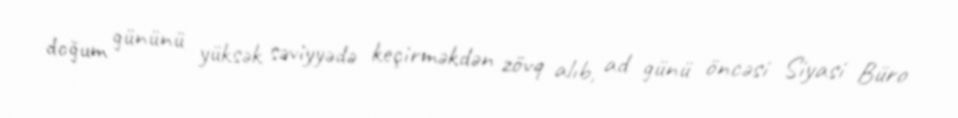
doğum gününü yüksək səviyyədə keçirməkdən zövq alıb, ad günü öncəsi Siyasi Büro